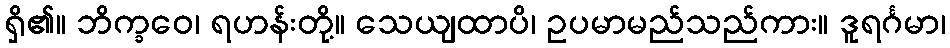
ရှိ၏။ ဘိက္ခဝေ၊ ရဟန်းတို့။ သေယျထာပိ၊ ဥပမာမည်သည်ကား။ ဒူရင်္ဂမာ၊